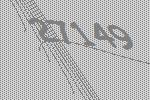
27149